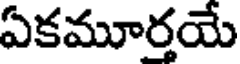
ఏకమూర్తయే